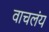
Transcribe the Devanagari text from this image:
वाचलंय